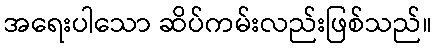
အရေးပါသော ဆိပ်ကမ်းလည်းဖြစ်သည်။